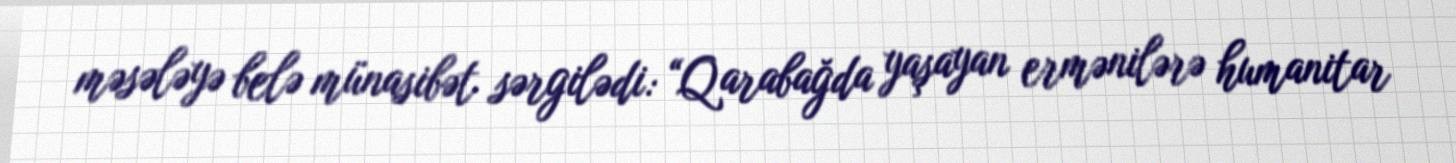
məsələyə belə münasibət sərgilədi: “Qarabağda yaşayan ermənilərə humanitar